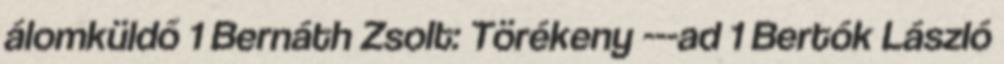
álomküldő 1 Bernáth Zsolt: Törékeny ---ad 1 Bertók László